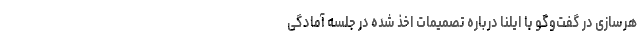
هرسازی در گفت‌وگو با ایلنا درباره تصمیمات اخذ شده در جلسه آمادگی